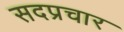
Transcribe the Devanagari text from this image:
सदप्रचार